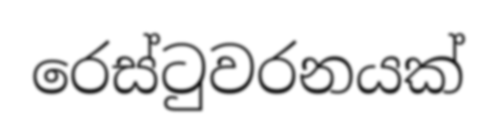
රෙස්ටුවරනයක්